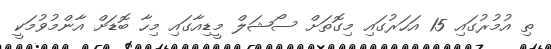
ތި އުމުރުގައި 15 އަހަރުގައި މިގޮތަށް ސޯޝަލް މީޑިއާގައި މިހާ ބޮޑަށް އާންމުވުމަކީ